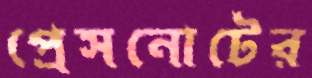
প্রেসনোটের